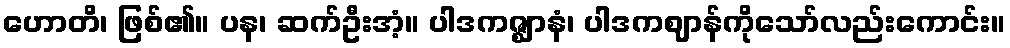
ဟောတိ၊ ဖြစ်၏။ ပန၊ ဆက်ဦးအံ့။ ပါဒကဇ္ဈာနံ၊ ပါဒကဈာန်ကိုသော်လည်းကောင်း။